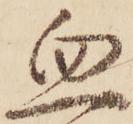
血